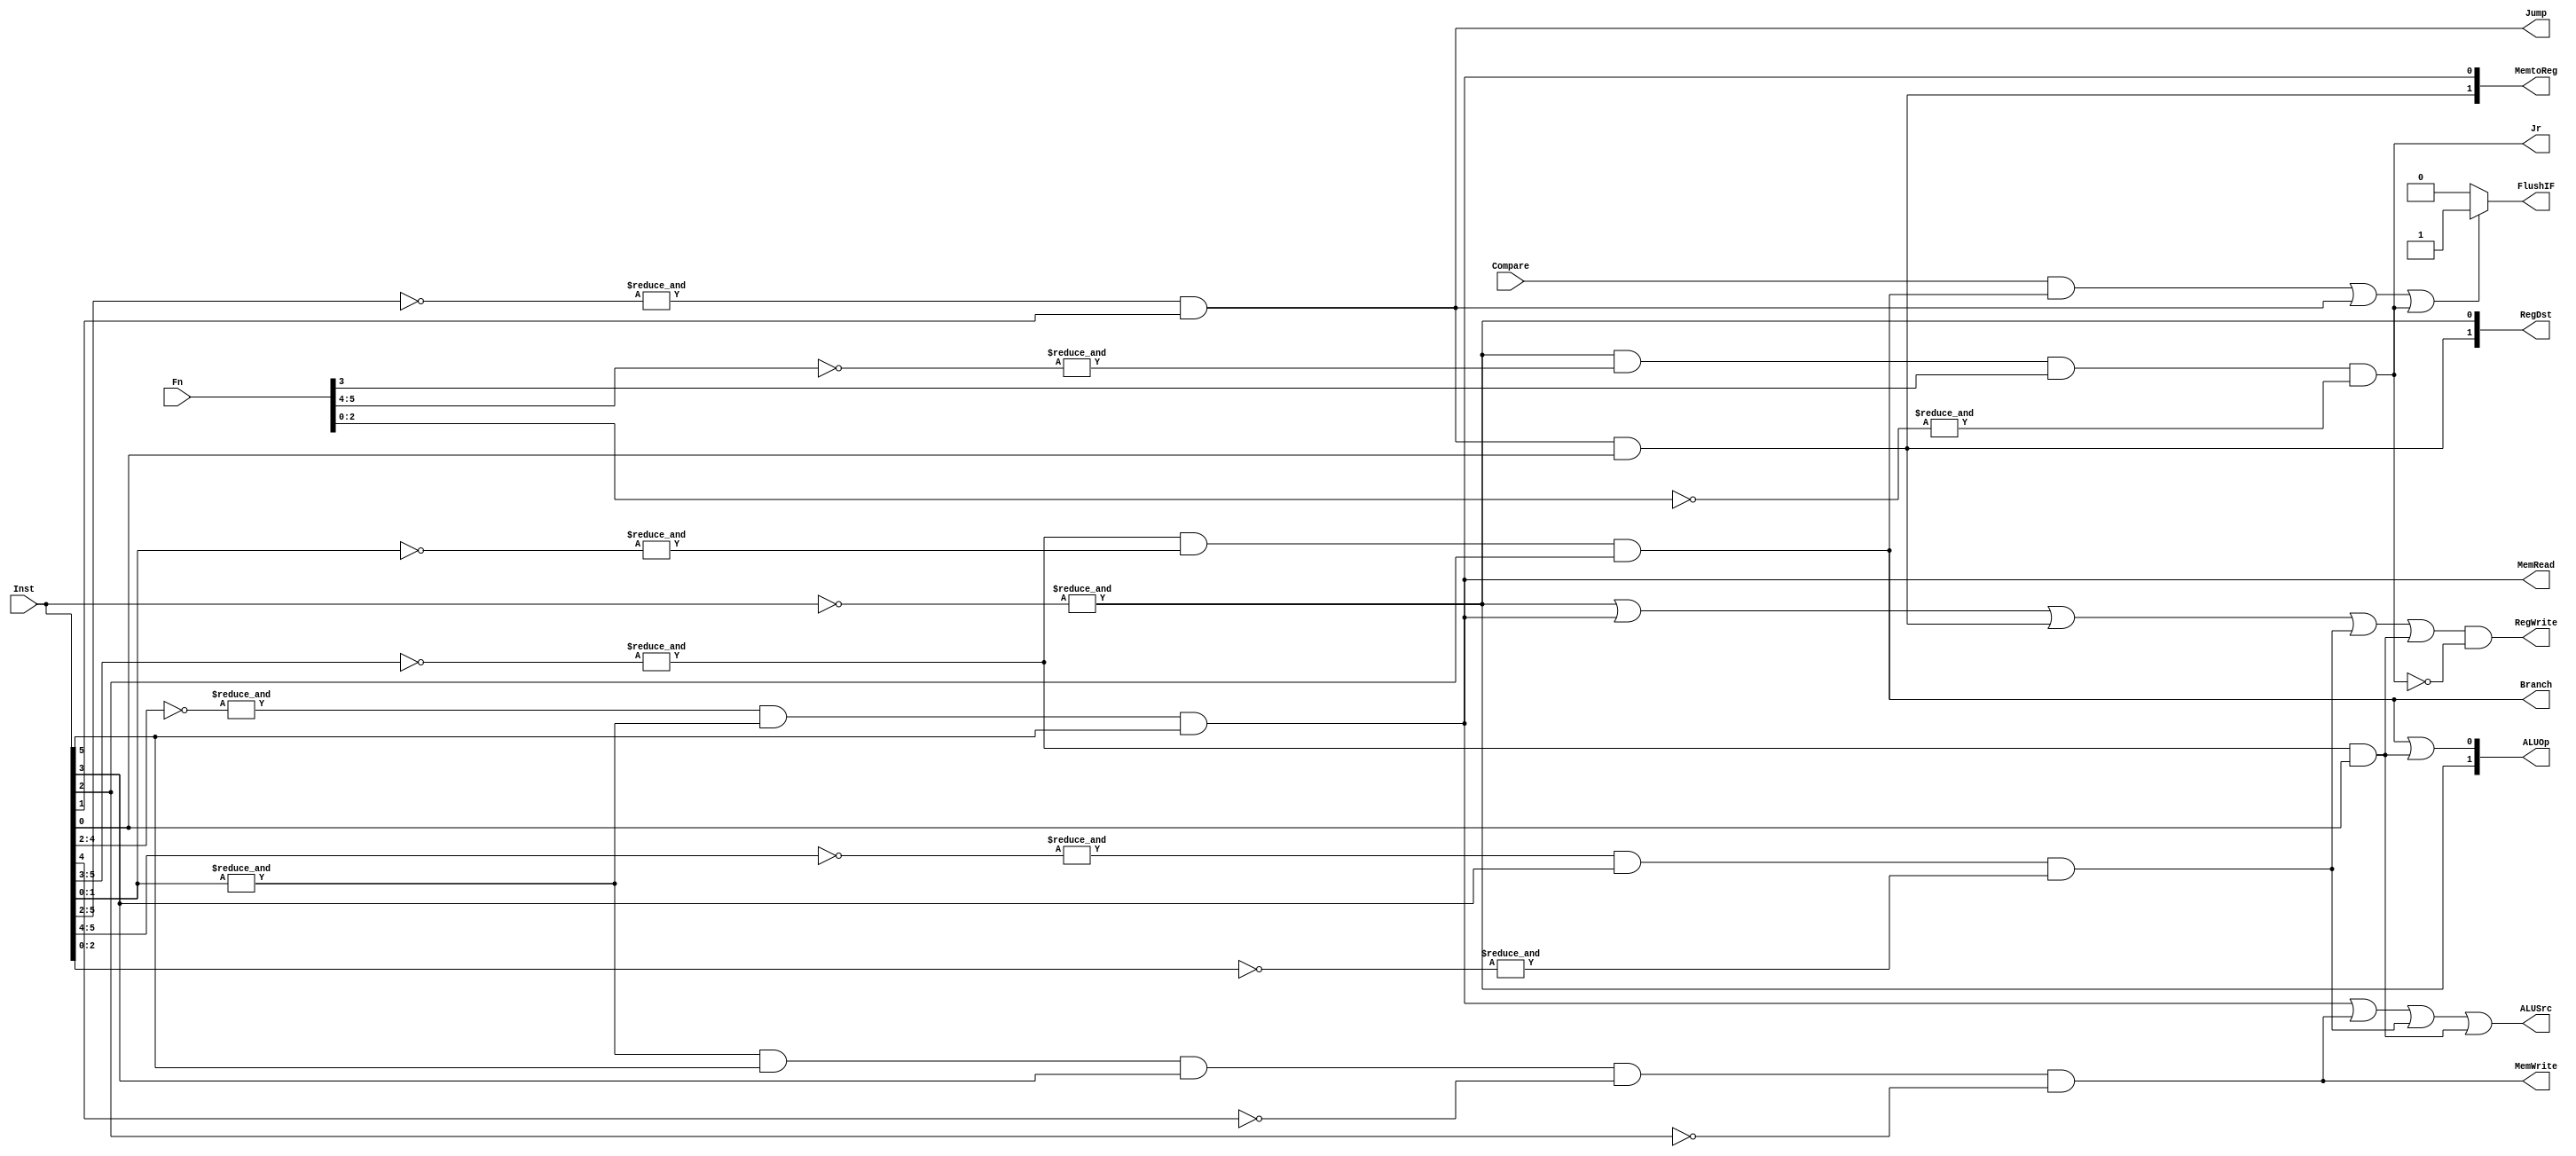
module ProcessorControl
(
//	Input
	input					[5:0]		Inst,
	input									Compare,
	input					[5:0]		Fn,

//	Output
	output	wire	[1:0]		RegDst,
	output	wire					ALUSrc,
	output	wire	[1:0]		MemtoReg,
	output	wire					RegWrite,
	output	wire					MemRead,
	output	wire					MemWrite,
	output	wire					Branch,
	output	wire	[1:0]		ALUOp,
	output	wire					Jump,
	output	wire					Jr,
	output	wire					FlushIF
    );

//	Internal Variables
	wire							RFormat;
	wire							lw;
	wire							sw;
	wire							beq;
	wire							j;
	wire							addi;
	wire							subi;
	wire							jr0;

//	Assigns
	assign						RFormat  =	&(~Inst[5:0]);
	assign						lw		   =	(&(~Inst[4:2])) & (&(Inst[1:0])) & Inst[5];
	assign						sw		   =	(&(Inst[1:0])) & Inst[5] & Inst[3] & ~Inst[4] & ~Inst[2];
	assign						beq	 		 =	(&(~Inst[5:3])) & (&(~Inst[1:0])) & Inst[2];
	assign						j				 =	(&(~Inst[5:2])) & Inst[1];												//	OP(j)		 = 000010, OP(jal) = 000011
	assign						addi		 =	(&(~Inst[5:4])) & Inst[3] & (&(~Inst[2:0]));			//	OP(addi) = 001000
	assign						subi		 =	(&(~Inst[5:3])) & Inst[2:0];											// 	OP(subi) = 000111
	assign						jr0			 =	RFormat & (&(~Fn[5:4])) & Fn[3] & (&(~Fn[2:0]));  // 	Fn = 001000, OP = 0x00

// Output Setting
	assign						RegDst[0]		=		RFormat ;
	assign						RegDst[1]		=		( j & Inst[0] );
	assign						ALUSrc			=		lw | sw | addi | subi;
	assign						MemtoReg[0]	=		lw;
	assign						MemtoReg[1]	=		( j & Inst[0] );
	assign						RegWrite		=		( RFormat | lw | ( j & Inst[0] ) | addi | subi ) & (~jr0);
	assign						MemRead			=		lw;
	assign						MemWrite		=		sw;
	assign						Branch			=		beq;
	assign						Jump				=		j;
	assign						Jr					=		jr0;
	assign						ALUOp[0]		=		beq | subi;
	assign						ALUOp[1]		=		RFormat;
	assign						FlushIF			=		( (Compare && beq) | j | jr0 ) ? 1'b1 : 1'b0;

endmodule